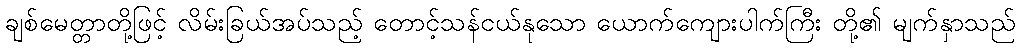
ချစ်မေတ္တာတို့ဖြင့် လိမ်းခြယ်အပ်သည့် တောင့်သန်ငယ်နုသော ယောက်ကျေားပါက်ကြီး တို့၏ မျက်နှာသည်